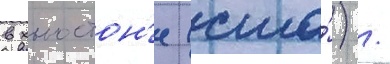
в хьюстон'е (сша́) /